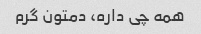
همه چی داره، دمتون گرم